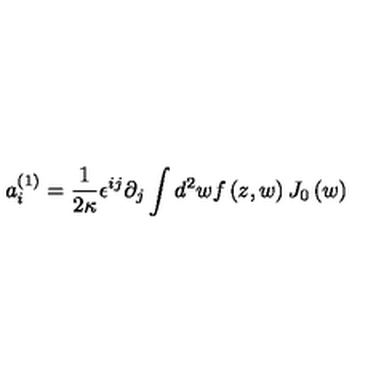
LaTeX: a _ { i } ^ { \left( 1 \right) } = \frac { 1 } { 2 \kappa } \epsilon ^ { i j } \partial _ { j } \int d ^ { 2 } w f \left( z , w \right) J _ { 0 } \left( w \right)